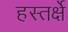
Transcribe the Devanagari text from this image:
हस्तर्क्षे